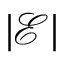
| { \mathcal { E } } |